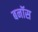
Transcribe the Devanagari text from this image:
बनॉस